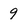
Character: 9